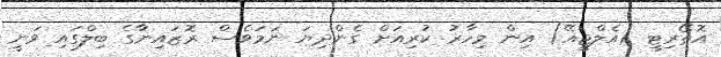
އޮތޯރިޓީ (އެލްޖީއޭ) އިން މިހާރު ކުރިއަށް ގެންދިޔަ ނަމަވެސް ރޮޒައިނާގެ ބިލްގައި ވަނީ